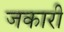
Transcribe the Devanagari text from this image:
जकारी